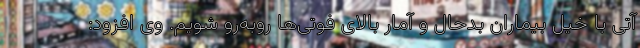
آتی با خیل بیماران بدحال و آمار بالای فوتی‌ها روبه‌رو شویم. وی افزود: